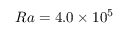
R a = 4 . 0 \times 1 0 ^ { 5 }